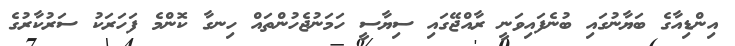
އިންޑިއާގެ ބަޔާނުގައި ބުނެފައިވަނީ ރާއްޖޭގައި ސިޔާސީ ހަމަނުޖެހުންތައް ހިނގާ ކޮންމެ ފަހަރަކު ސަރުކާރުގެ